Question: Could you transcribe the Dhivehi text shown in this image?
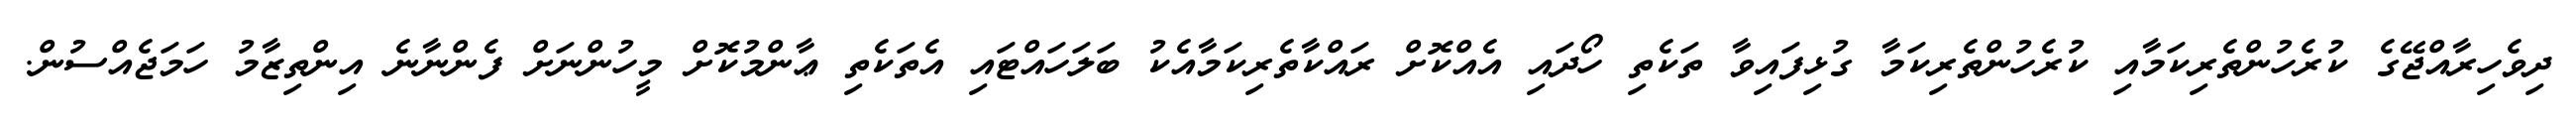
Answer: ދިވެހިރާއްޖޭގެ ކުރެހުންތެރިކަމާއި ކުރެހުންތެރިކަމާ ގުޅިފައިވާ ތަކެތި ހޯދައި އެއްކޮށް ރައްކާތެރިކަމާއެކު ބަލަހައްޓައި އެތަކެތި ޢާންމުކޮށް މީހުންނަށް ފެންނާނެ އިންތިޒާމު ހަމަޖެއްސުން.